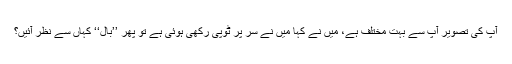
آپ کی تصویر آپ سے بہت مختلف ہے، مَیں نے کہا مَیں نے سر پر ٹوپی رکھی ہوئی ہے تو پھر ’’بال‘‘ کہاں سے نظر آئیں؟